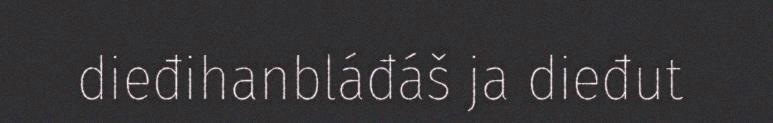
dieđihanbláđáš ja dieđut